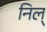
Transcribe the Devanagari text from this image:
निल्